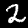
Digit: 2